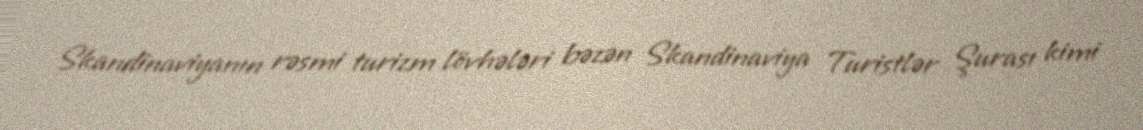
Skandinaviyanın rəsmi turizm lövhələri bəzən Skandinaviya Turistlər Şurası kimi